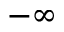
- \infty